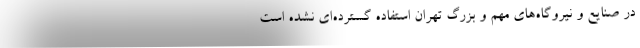
در صنایع و نیروگاه‌های مهم و بزرگ تهران استفاده گسترده‌ای نشده است